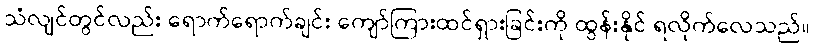
သံလျင်တွင်လည်း ရောက်ရောက်ချင်း ကျော်ကြားထင်ရှားခြင်းကို ထွန်းနိုင် ရလိုက်လေသည်။